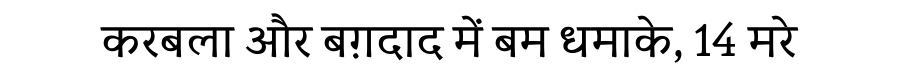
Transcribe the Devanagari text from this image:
करबला और बग़दाद में बम धमाके, 14 मरे